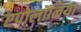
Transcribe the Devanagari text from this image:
एपोलॉनिया